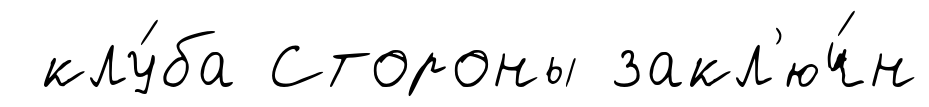
клу́ба Стороны закл'юч́н